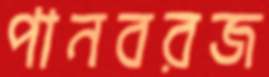
পানবরজ